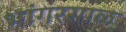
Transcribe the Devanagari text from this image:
भांगरसाळ